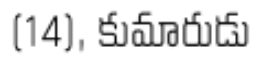
(14), కుమారుడు